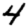
Digit: 4